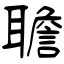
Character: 聸